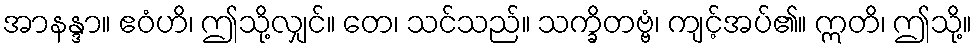
အာနန္ဒာ။ ဧဝံဟိ၊ ဤသို့လျှင်။ တေ၊ သင်သည်။ သက္ခိတဗ္ဗံ၊ ကျင့်အပ်၏။ ဣတိ၊ ဤသို့။